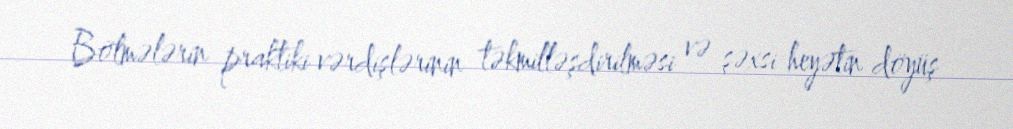
Bölmələrin praktiki vərdişlərinin təkmilləşdirilməsi və şəxsi heyətin döyüş